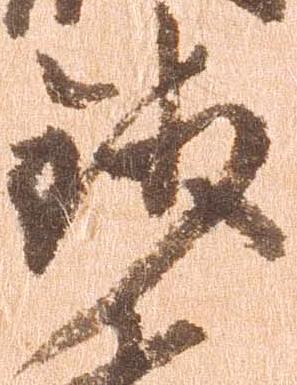
銭